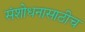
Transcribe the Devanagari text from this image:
संशोधनासाठीच